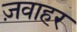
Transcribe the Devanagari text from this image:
ज़वाहर